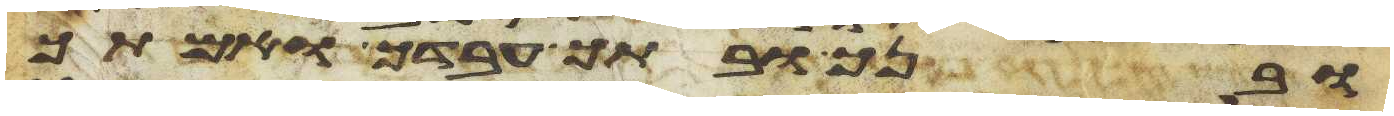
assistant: ובנך ובתך עבדך ואמתך